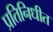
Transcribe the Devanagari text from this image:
प्रतिनिधीत